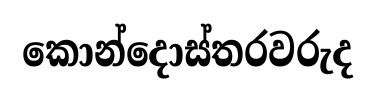
කොන්දොස්තරවරුද